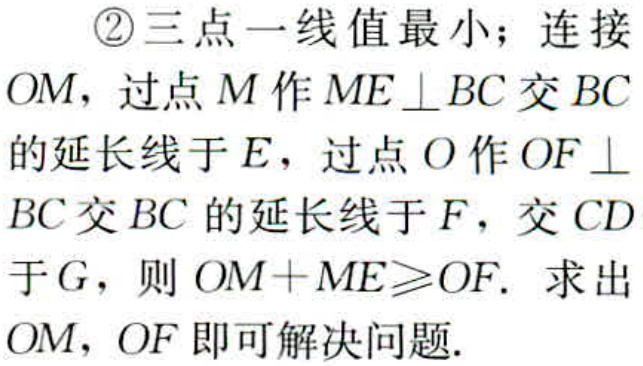
\textcircled{2}三点一线值最小；连接

\(OM\)，过点\(M\)作\(ME\perp BC\)交\(BC\)

的延长线于\(E\)，过点\(O\)作\(OF\perp\)

\(BC\)交\(BC\)的延长线于\(F\)，交\(CD\)

于\(G\)，则\(OM + ME\geqslant OF\). 求出

\(OM\)，\(OF\)即可解决问题.